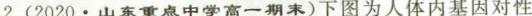
2.(2020·山东重点中学高一期末)下图为人体内基因对性